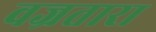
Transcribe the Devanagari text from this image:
वज्रतारा